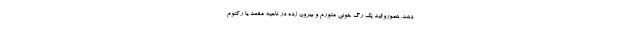
دهد. هموروئید یک رگ خونی متورم و بیرون زده در ناحیه مقعد یا رکتوم